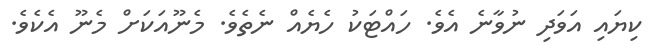
ކިޔައި އަވަދި ނުވާނެ އެވެ. ހައްޓަކު ހެޔެއް ނެތެވެ. މެނޫއަކަށް މެނޫ އެކެވެ.